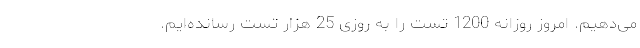
می‌دهیم. امروز روزانه 1200 تست را به روزی 25 هزار تست رسانده‌ایم.